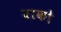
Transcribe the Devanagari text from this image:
वाको